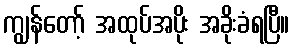
ကျွန်တော့် အထုပ်အပိုး အခိုးခံရပြီ။